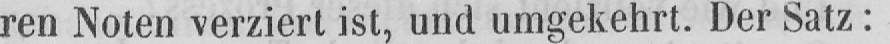
ren Noten verziert ist, und umgekehrt. Der Satz: